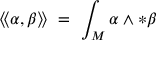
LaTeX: \langle \! \langle \alpha , \beta \rangle \! \rangle \ = \ \int _ { M } \alpha \wedge { * \beta }